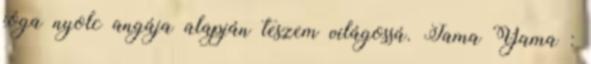
jóga nyolc angája alapján teszem világossá. Jama Yama :